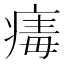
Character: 𤸚